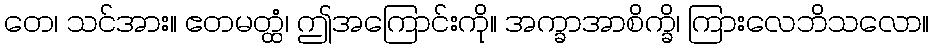
တေ၊ သင်အား။ ဧတမတ္ထံ၊ ဤအကြောင်းကို။ အက္ခာအာစိက္ခိ၊ ကြားလေဘိသလော။